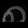
Digit: ၈